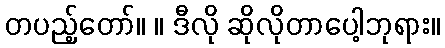
တပည့်တော်။ ။ ဒီလို ဆိုလိုတာပေါ့ဘုရား။